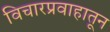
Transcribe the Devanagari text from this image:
विचारप्रवाहातून